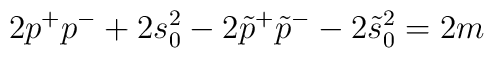
2p^{+}p^{-}+2s_0^2-2\tilde p^{+}\tilde p^{-}-2\tilde s_0^2=2m